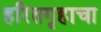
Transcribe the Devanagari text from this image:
हरितगृहाचा